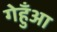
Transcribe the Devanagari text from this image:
गेहुँआ